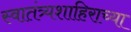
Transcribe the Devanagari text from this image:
स्वातंत्र्यशाहिराच्या